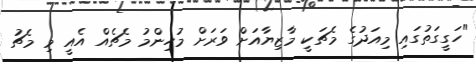
"ހަގީގަތުގައި މިއަދުގެ މެޗަކީ މާޒިޔާއަށް ވަރަށް މުހިންމު މެޗެއް އެއީ މި މެޗު